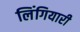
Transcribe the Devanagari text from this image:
लिंगियारी